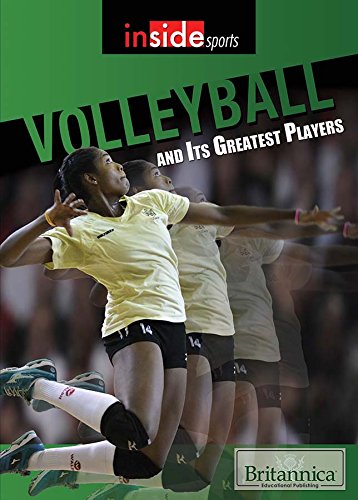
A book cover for Volleyball and Its Greatest Players (Inside Sports); Teen & Young Adult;